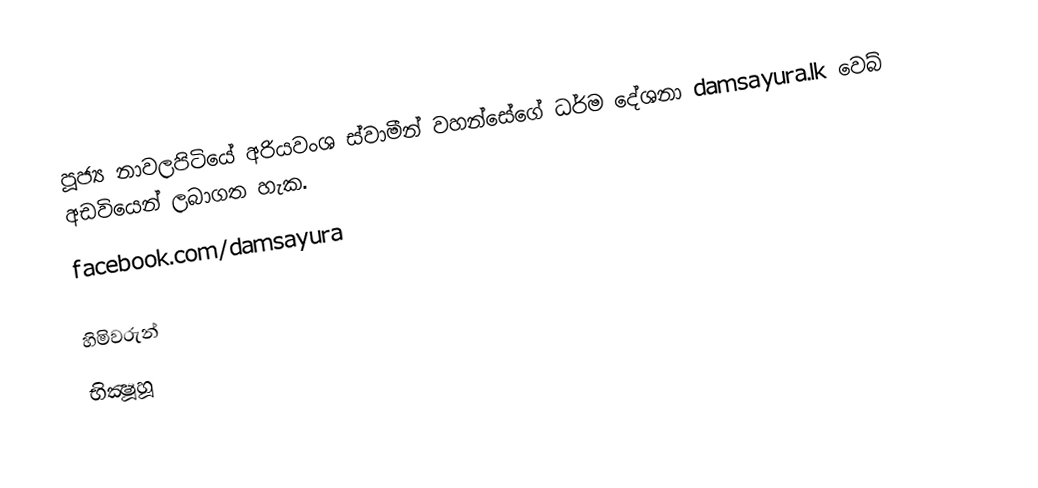
පූජ්‍ය නාවලපිටියේ අරියවංශ ස්වාමීන් වහන්සේගේ ධර්ම  දේශනා damsayura.lk  වෙබ් අඩවියෙන් ලබාගත හැක.
facebook.com/damsayura

හිමිවරුන්
භික්‍ෂූහූ